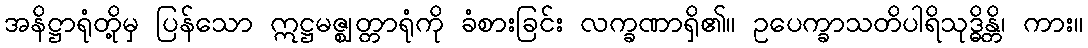
အနိဋ္ဌာရုံတို့မှ ပြန်သော ဣဋ္ဌမဇ္ဈတ္တာရုံကို ခံစားခြင်း လက္ခဏာရှိ၏။ ဥပေက္ခာသတိပါရိသုဒ္ဓိန္တိ၊ ကား။